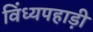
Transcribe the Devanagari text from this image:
विंध्यपहाड़ी